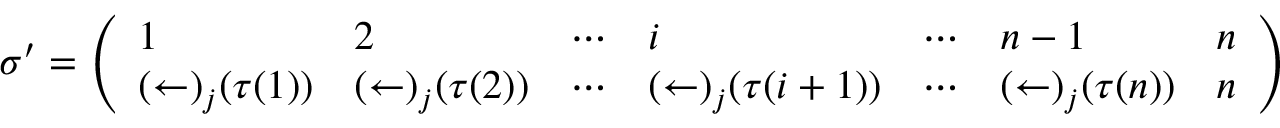
\sigma ^ { \prime } = { \left( \begin{array} { l l l l l l l } { 1 } & { 2 } & { \cdots } & { i } & { \cdots } & { n - 1 } & { n } \\ { ( \leftarrow ) _ { j } ( \tau ( 1 ) ) } & { ( \leftarrow ) _ { j } ( \tau ( 2 ) ) } & { \cdots } & { ( \leftarrow ) _ { j } ( \tau ( i + 1 ) ) } & { \cdots } & { ( \leftarrow ) _ { j } ( \tau ( n ) ) } & { n } \end{array} \right) }